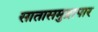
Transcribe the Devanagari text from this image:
सातासमुद्रापार